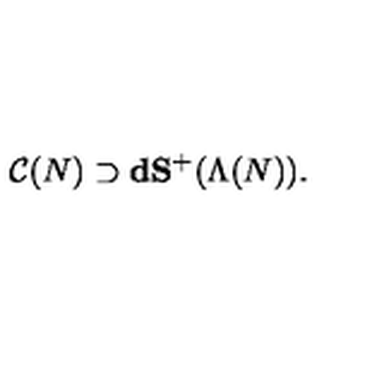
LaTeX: { \cal C } ( N ) \supset \mathbf { d S ^ { + } } ( \Lambda ( N ) ) .